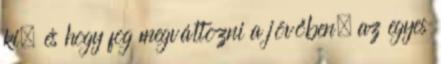
ki, és hogy fog megváltozni a jövőben, az egyes